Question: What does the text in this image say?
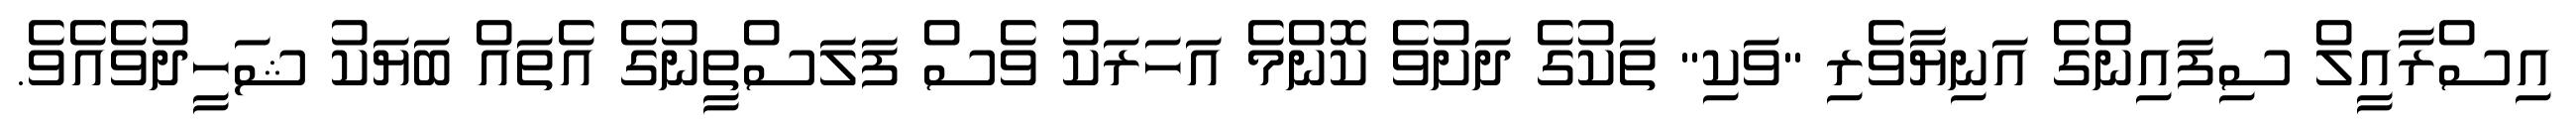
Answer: އިސްރާއީލް ސިފައިންގެ އަނިޔާވެރި "ވަކި" ތަކުގެ ދަށުވެ ކޮންމެ އަހަރަކު ވެސް ފަލަސްތީނުގެ އެތައް ބަޔަކު ޝަހީދުވެއެވެ.